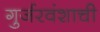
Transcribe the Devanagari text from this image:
गुर्जरवंशाची